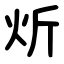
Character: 炘